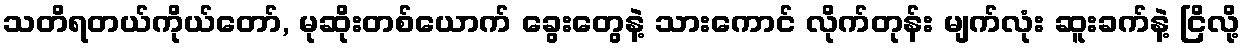
သတိရတယ်ကိုယ်တော်, မုဆိုးတစ်ယောက် ခွေးတွေနဲ့ သားကောင် လိုက်တုန်း မျက်လုံး ဆူးခက်နဲ့ ငြိလို့